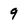
Character: 9